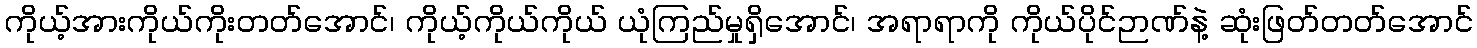
ကိုယ့်အားကိုယ်ကိုးတတ်အောင်၊ ကိုယ့်ကိုယ်ကိုယ် ယုံကြည်မှုရှိအောင်၊ အရာရာကို ကိုယ်ပိုင်ဉာဏ်နဲ့ ဆုံးဖြတ်တတ်အောင်